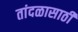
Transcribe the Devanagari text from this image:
तांदळासाठी